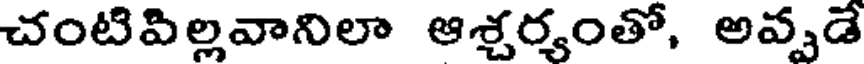
చంటిపిల్లవానిలా ఆశ్చర్యంతో, అప్పుడే